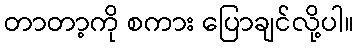
တာတာ့ကို စကား ပြောချင်လို့ပါ။